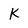
Character: k